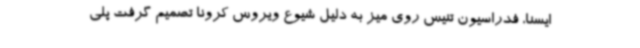
ایسنا، فدراسیون تنیس روی میز به دلیل شیوع ویروس کرونا تصمیم گرفت پلی